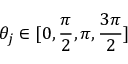
\theta _ { j } \in [ 0 , \frac { \pi } { 2 } , \pi , \frac { 3 \pi } { 2 } ]